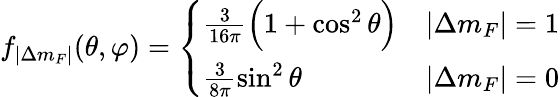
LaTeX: f_{|\Delta m_{F}|}(\theta,\varphi)=\left\{ \begin{array}{ll}{\frac{3}{16\pi}\Big(1+\cos^{2}\theta\Big)}&{|\Delta m_{F}|=1}\\ {\frac{3}{8\pi}\sin^{2}\theta}&{|\Delta m_{F}|=0}\end{array}\right.